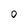
Character: 0